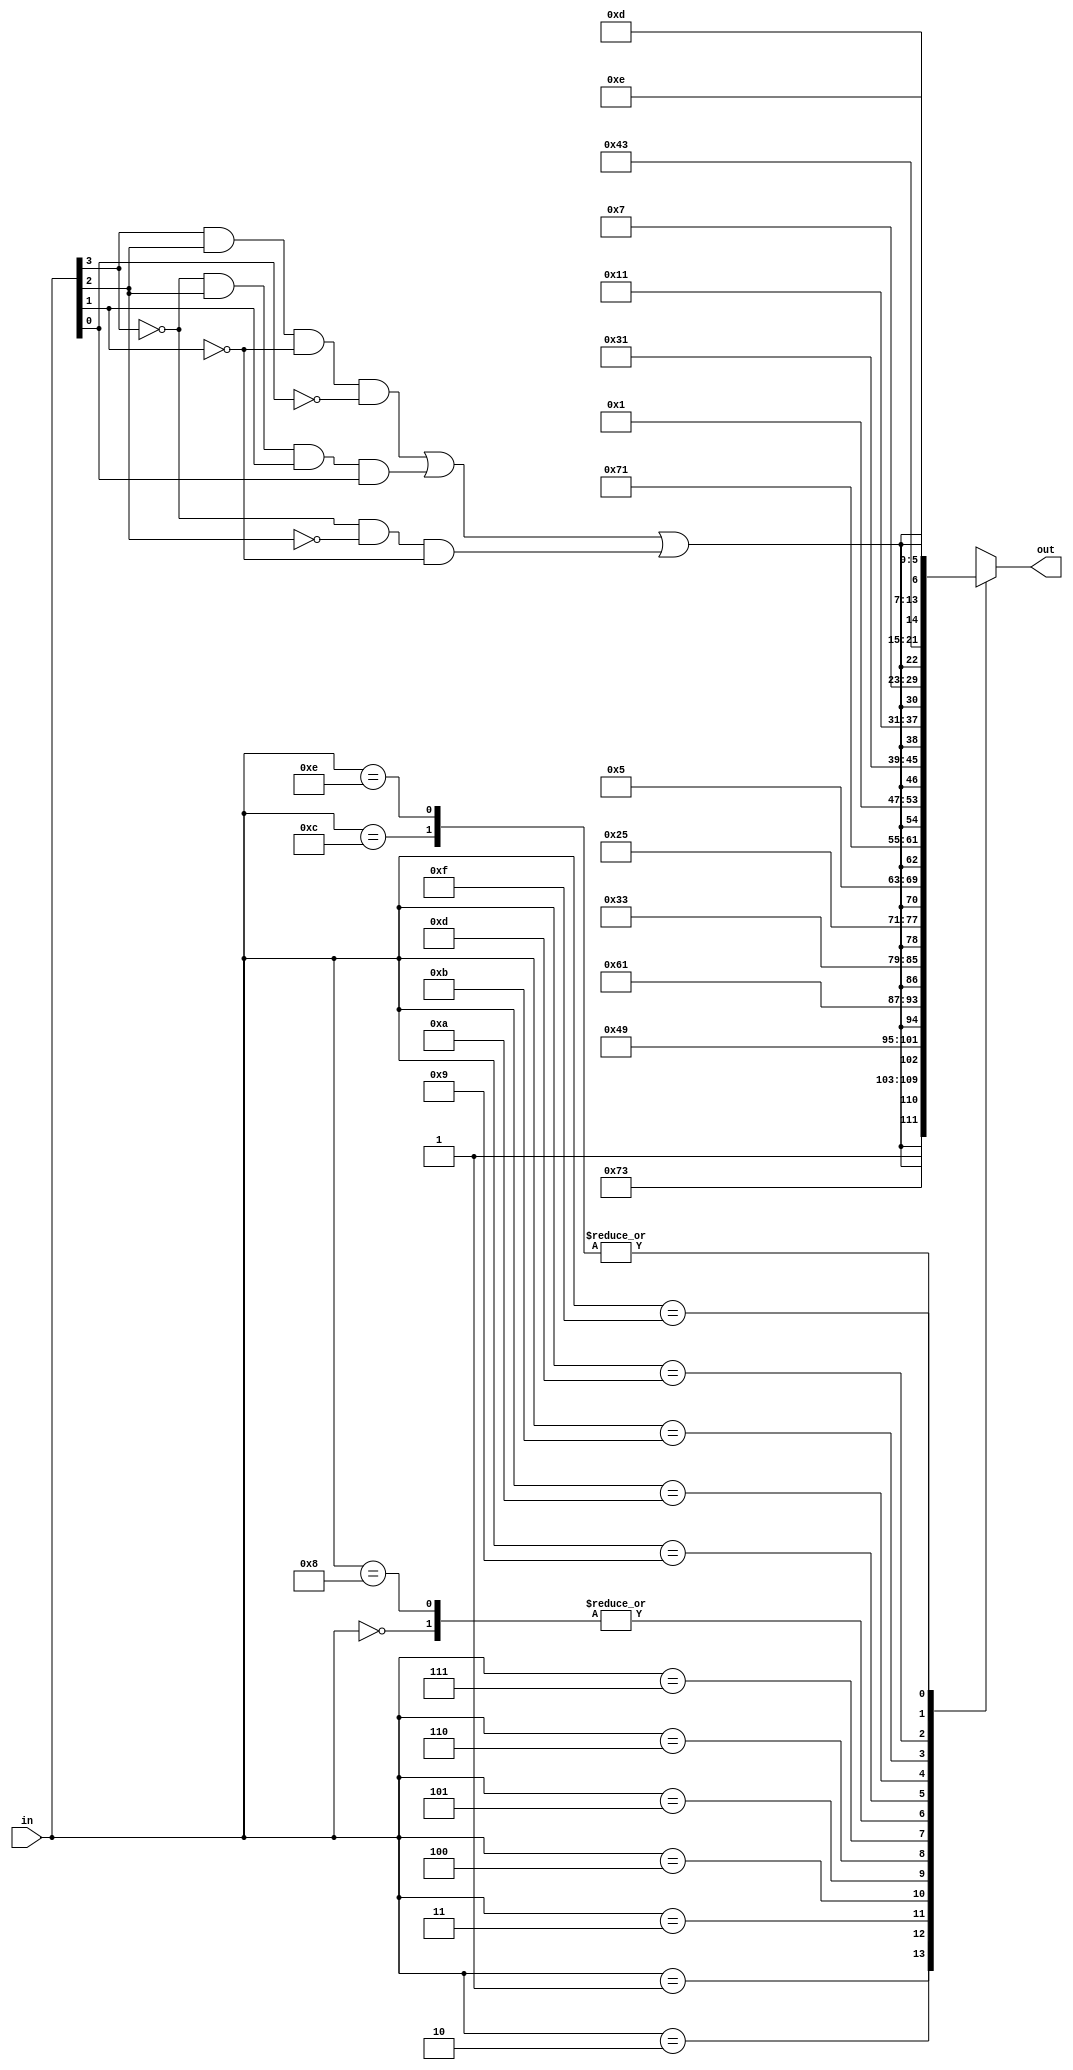
module seg7 (in,out);

	input wire [3:0] in;
	
	output reg [7:0] out;
	
	wire [1:0] wire_part;

	reg [5:0] reg_part;

	assign wire_part[1] = 1;//turns off decimal(i think)

	assign wire_part[0] = (in[3]&in[2]&(~in[1])&(~in[0])) | ((~in[3])&in[2]&in[1]&in[0]) | ((~in[3])&(~in[2])&(~in[1]));

	always @ (in[3:0]) begin

		case ({in[3],in[2],in[1],in[0]})
		
			4'b0000: begin
				reg_part = 6'b000000;
				out = {wire_part,reg_part};
			end
			
			4'b0001: begin
				reg_part = 6'b111001;
				out = {wire_part,reg_part};
			end
			
			4'b0010: begin
				reg_part = 6'b100100;
				out = {wire_part,reg_part};
			end
			
			4'b0011: begin
				reg_part = 6'b110000;
				out = {wire_part,reg_part};
			end
			
			4'b0100: begin
				reg_part = 6'b011001;
				out = {wire_part,reg_part};
			end
			
			4'b0101: begin
				reg_part = 6'b010010;
				out = {wire_part,reg_part};
			end
			
			4'b0110: begin
				reg_part = 6'b000010;
				out = {wire_part,reg_part};
			end
			
			4'b0111: begin
				reg_part = 6'b111000;
				out = {wire_part,reg_part};
			end
			
			4'b1000: begin
				reg_part = 6'b000000;
				out = {wire_part,reg_part};
			end
			
			4'b1001: begin
				reg_part = 6'b011000;
				out = {wire_part,reg_part};
			end
			
			4'b1010: begin
				reg_part = 6'b001000;
				out = {wire_part,reg_part};
			end
			
			4'b1011: begin
				reg_part = 6'b000011;
				out = {wire_part,reg_part};
			end
			
			4'b1100: begin
				reg_part = 6'b000110;
				out = {wire_part,reg_part};
			end
			
			4'b1101: begin
				reg_part = 6'b100001;
				out = {wire_part,reg_part};
			end
			
			4'b1110: begin
				reg_part = 6'b000110;
				out = {wire_part,reg_part};
			end
			
			4'b1111: begin
				reg_part = 6'b001110;
				out = {wire_part,reg_part};
			end
		endcase
	end

endmodule